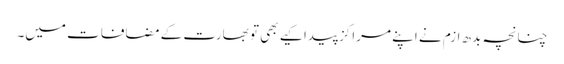
چنانچہ بدھ ازم نے اپنے مراکز پیدا کیے بھی تو بھارت کے مضافات میں۔